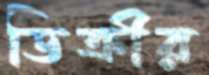
ডিক্রীর